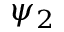
\psi _ { 2 }